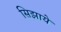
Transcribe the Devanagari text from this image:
सिझाये